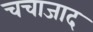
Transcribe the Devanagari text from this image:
चचाजाद